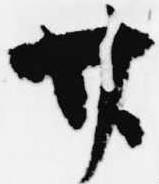
廿